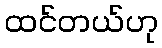
ထင်တယ်ဟု